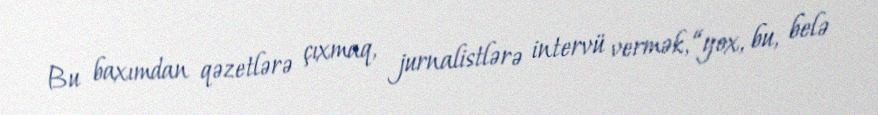
Bu baxımdan qəzetlərə çıxmaq, jurnalistlərə intervü vermək, “yox, bu, belə